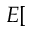
E [